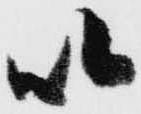
以